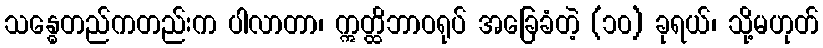
သန္ဓေတည်ကတည်းက ပါလာတာ၊ ဣတ္ထိဘာဝရုပ် အခြေခံတဲ့ (၁၀) ခုရယ်၊ သို့မဟုတ်